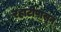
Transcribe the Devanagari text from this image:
रहाटीपासून